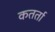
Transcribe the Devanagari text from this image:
कतर्ता